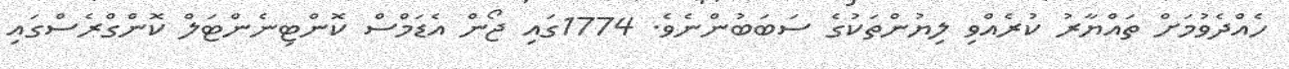
ހެއްދެވުމަށް ތައްޔާރު ކުރެއްވި ލިޔުންތަކުގެ ސަބަބުންނެވެ. 1774ގައި ޖޯން އެޑަމްސް ކޮންޓިނެންޓަލް ކޮންގްރެސްގައި